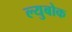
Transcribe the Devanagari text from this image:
ल्युबोक